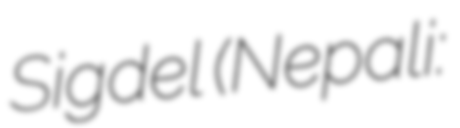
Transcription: Sigdel (Nepali: